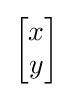
{\begin{bmatrix}x\\y\end{bmatrix}}